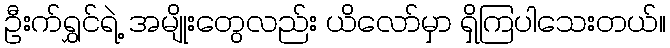
ဦးက်ရွှင်ရဲ့ အမျိုးတွေလည်း ယိလော်မှာ ရှိကြပါသေးတယ်။